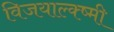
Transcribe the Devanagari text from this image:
विजयाल्क्ष्मी